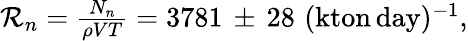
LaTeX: \begin{array}{r}{\mathcal{R}_{n}=\frac{N_{n}}{\rho VT}=3781\, \pm\, 28\, \, \mathrm{{(kton\, day)^{-1}},}}\end{array}